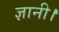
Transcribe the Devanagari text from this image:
ज्ञानी।